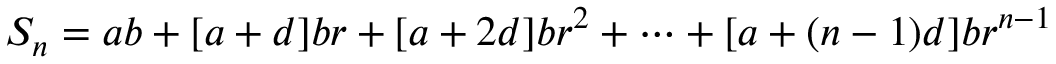
S _ { n } = a b + [ a + d ] b r + [ a + 2 d ] b r ^ { 2 } + \cdots + [ a + ( n - 1 ) d ] b r ^ { n - 1 }